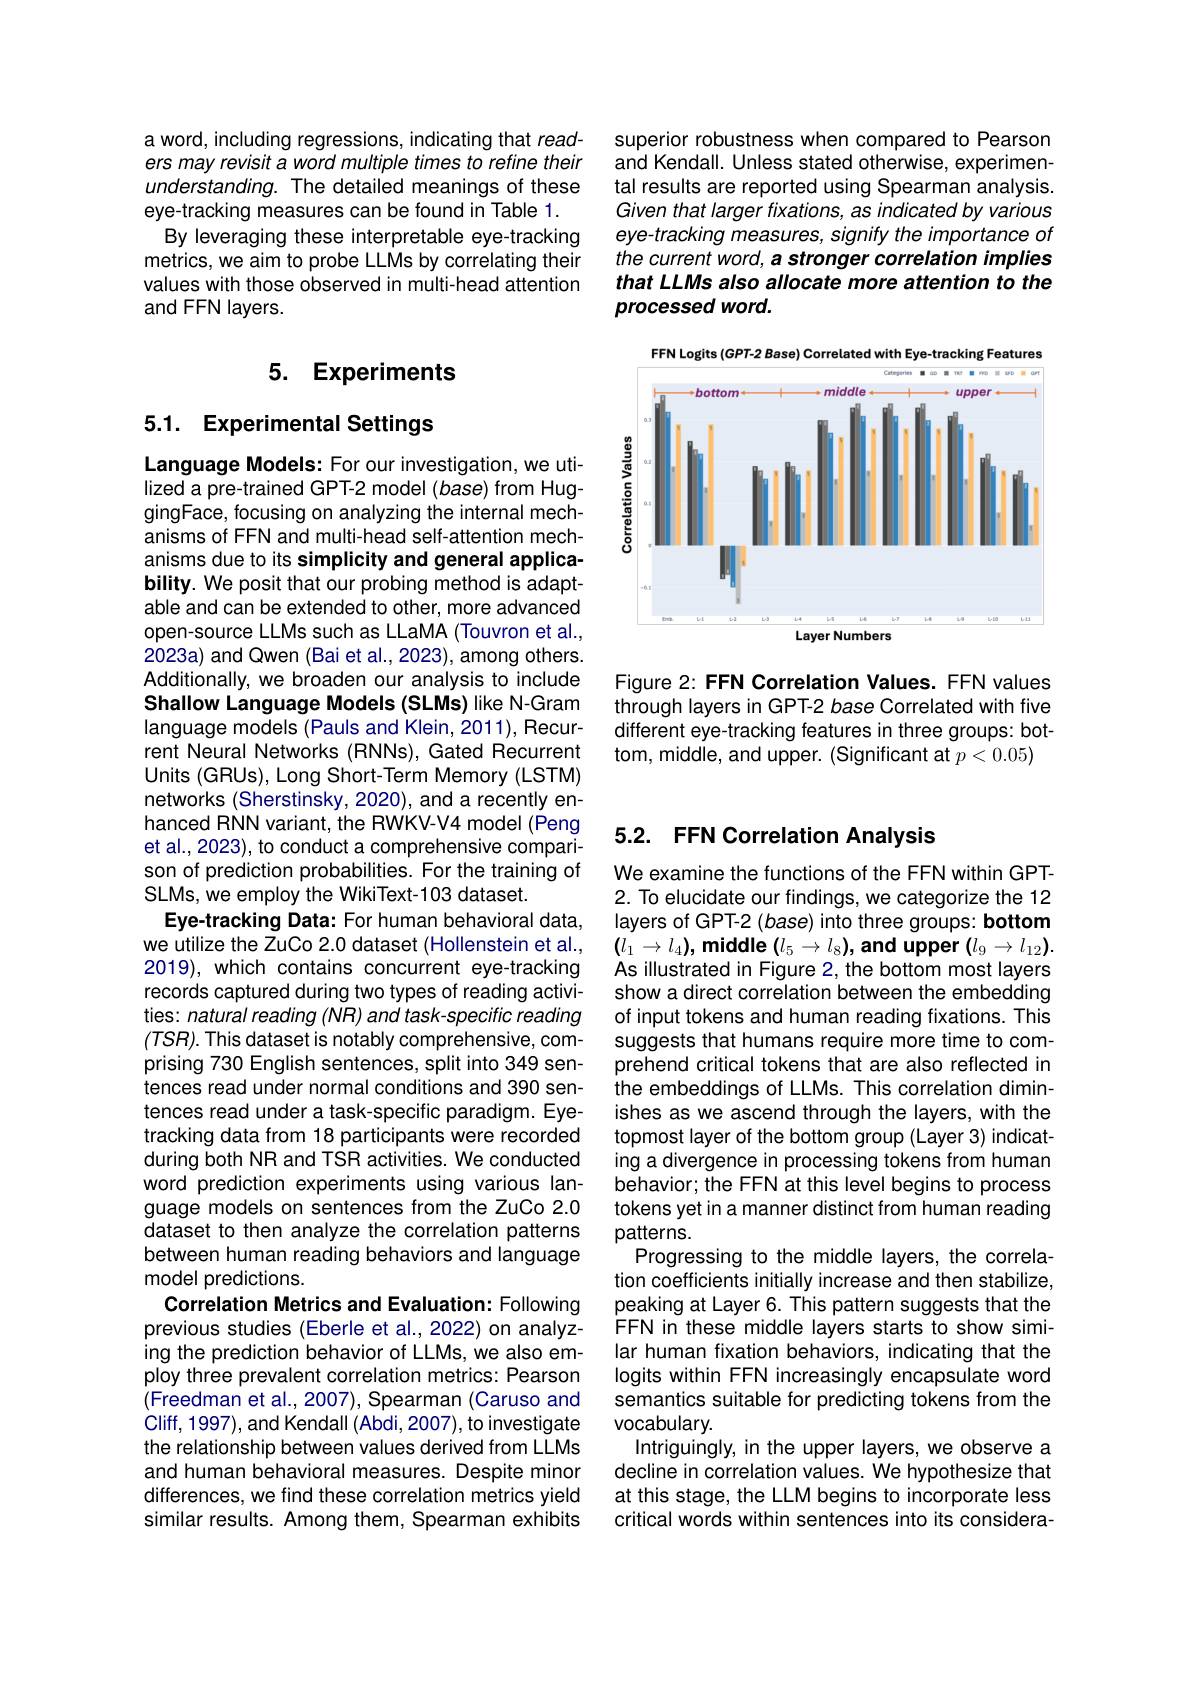
superior robustness when compared to Pearson and Kendall. Unless stated otherwise, experimental results are reported using Spearman analysis Given that larger fixations, as indicated by various eye-tracking measures, signify the importance of the current word, a stronger correlation implies that LLMs also allocate more attention to the processed word.

<FigureHere>

Figure 2: FFN Correlation Values. FFN values through layers in GPT-2 base Correlated with five different eye-tracking features in three groups: bottom, middie, and upper. (Significant at $p<0.05)$

a word, including regressions, indicating that readers may revisit a word multiple times to refine their understanding. The detailed meanings of these eye-tracking measures can be found in Table 1.
By leveraging these interpretable eye-tracking metrics, we aim to probe LLMs by correlating their values with those observed in multi-head attention and FFN layers.

## 5. Experiments

# 5.1. Experimental Settings

Language Models: For our investigation, we utilized a pre-trained GPT-2 model (base) from HuggingFace, focusing on analyzing the internal mechanisms of FFN and multi-head self-attention mechanisms due to its simplicity and general applicability. We posit that our probing method is adaptable and can be extended to other, more advanced open-source LLMs such as LLaMA (Touvron et al., 2023a) and Qwen (Bai et al., 2023), among others. Additionally, we broaden our analysis to include Shallow Language Models (SLMs) like N-Gram language models (Pauls and Klein, 2011), Recurrent Neural Networks (RNNs),Gated Recurrent Units (GRUs), Long Short-Term Memory (LSTM) networks (Sherstinsky, 2020), and a recently enhanced RNN variant, the RWKV-V4 model (Peng et al., 2023), to conduct a comprehensive comparison of prediction probabilities. For the training of SLMs, we employ the WikiText-103 dataset.
Eye-tracking Data: For human behavioral data, we utilize the ZuCo 2.0 dataset (Hollenstein et al., 2019), which contains concurrent eye-tracking records captured during two types of reading activities: natural reading (NR) and task-specific reading $(TSR).$ This dataset is notably comprehensive, comprising 730 English sentences, split into 349 sentences read under normal conditions and 390 sentences read under a task-specific paradigm. Eyetracking data from 18 participants were recorded during both NR and TSR activities. We conducted word prediction experiments using various language models on sentences from the ZuCo 2.0 dataset to then analyze the correlation patterns between human reading behaviors and language model predictions.
Correlation Metrics and Evaluation: Following previous studies (Eberle et al., 2022) on analyzing the prediction behavior of LLMs, we also employ three prevalent correlation metrics: Pearson (Freedman et al., 2007), Spearman (Caruso and Cliff, 1997), and Kendall (Abdi, 2007), to investigate the relationship between values derived from LLMs and human behavioral measures. Despite minor differences, we find these correlation metrics yield similar results. Among them, Spearman exhibits

# 5.2. FFN Correlation Analysis

We examine the functions of the FFN within GPT- 2. To elucidate our findings, we categorize the 12 layers of GPT-2 (base) into three groups: bottom $(l_{1}\rightarrow l_{4})$,middle$(l_5\rightarrow l_8)$,and upper$(l_9\rightarrow l_{12}).$ As illustrated in Figure 2, the bottom most layers show a direct correlation between the embedding of input tokens and human reading fixations. This suggests that humans require more time to comprehend critical tokens that are also reflected in the embeddings of LLMs. This correlation diminishes as we ascend through the layers, with the topmost layer of the bottom group (Layer 3) indicating a divergence in processing tokens from human behavior; the FFN at this level begins to process tokens yet in a manner distinct from human reading patterns.
Progressing to the middle layers, the correlation coefficients initially increase and then stabilize, peaking at Layer 6. This pattern suggests that the FFN in these middle layers starts to show similar human fixation behaviors, indicating that the logits within FFN increasingly encapsulate word semantics suitable for predicting tokens from the vocabulary.
Intriguingly, in the upper layers, we observe a decline in correlation values. We hypothesize that at this stage, the LLM begins to incorporate less critical words within sentences into its considera-